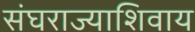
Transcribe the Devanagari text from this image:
संघराज्याशिवाय